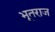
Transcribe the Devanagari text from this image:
भूतराज